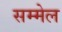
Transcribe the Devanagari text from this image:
सम्मेल